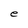
Character: e